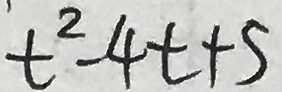
t ^ { 2 } - 4 t + 5